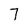
Character: 7